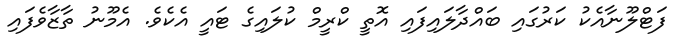
ފަޓްލޫނާއެކު ކަރުގައި ބައްދާލައިފައި އޮތީ ކްރީމް ކުލައިގެ ޓައީ އެކެވެ. އެމޫނު ތާޒާވެފައި